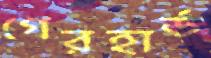
গেরহার্ড